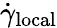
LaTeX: \dot{\gamma}_{\mathrm{local}}